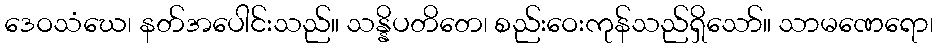
ဒေဝသံဃေ၊ နတ်အပေါင်းသည်။ သန္နိပတိတေ၊ စည်းဝေးကုန်သည်ရှိသော်။ သာမဏေရော၊